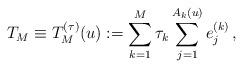
LaTeX: \begin{align*}T_M \equiv T_M^{(\tau)}(u) := \sum_{k=1}^M \tau_k \sum_{j=1}^{A_k(u)} e_j^{(k)} \,,\end{align*}